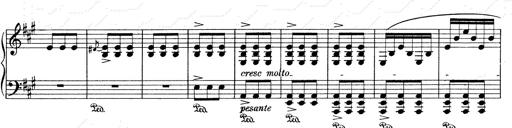
Title: Mephisto Waltz No.1
Composer: Franz Liszt